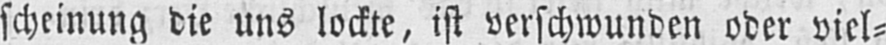
scheinung die uns lockte, ist verschwunden oder viel⸗